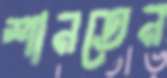
শানতেন